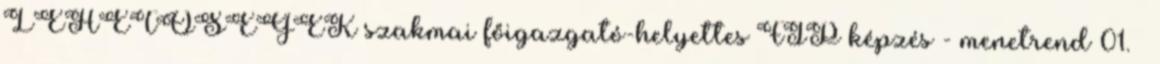
LEHETŐSÉGEK szakmai főigazgató-helyettes FIP képzés - menetrend 01. –